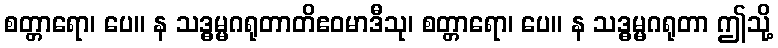
စတ္တာရော၊ ပေ။ န သဒ္ဓမ္မဂရုတာတိဧဝမာဒီသု၊ စတ္တာရော၊ ပေ။ န သဒ္ဓမ္မဂရုတာ ဤသို့